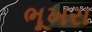
ભૂખરા